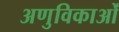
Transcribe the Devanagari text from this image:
अणुविकाओं